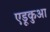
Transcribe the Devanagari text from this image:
एडूकुआ